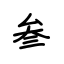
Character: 叁